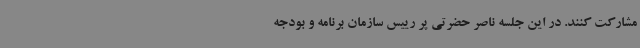
مشارکت کنند. در این جلسه ناصر حضرتی پر رییس سازمان برنامه و بودجه